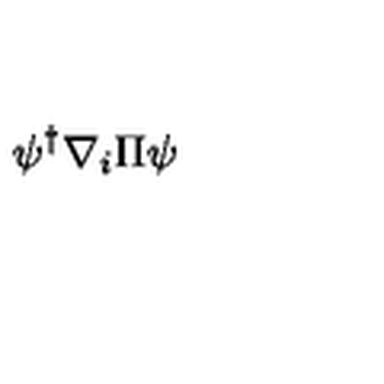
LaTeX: \psi ^ { \dagger } \nabla _ { i } \Pi \psi